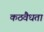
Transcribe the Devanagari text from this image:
कठवैधता